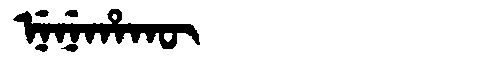
Manchu: ᠨᡝᠨᡝᡥᠠᡴᡡ
Romanization: NENEHAKŪ